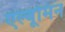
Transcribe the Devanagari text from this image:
एल्बूमिन